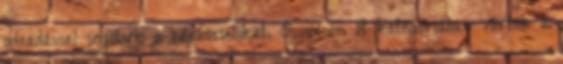
odaadással segítsék a rászorulókat. Összesen öt kategóriában várták a